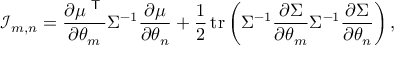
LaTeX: { \mathcal { I } } _ { m , n } = { \frac { \partial \mu ^ { \textsf { T } } } { \partial \theta _ { m } } } \Sigma ^ { - 1 } { \frac { \partial \mu } { \partial \theta _ { n } } } + { \frac { 1 } { 2 } } \operatorname { t r } \left( \Sigma ^ { - 1 } { \frac { \partial \Sigma } { \partial \theta _ { m } } } \Sigma ^ { - 1 } { \frac { \partial \Sigma } { \partial \theta _ { n } } } \right) ,